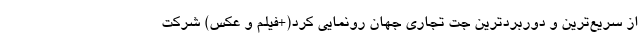
از سریع‌ترین و دوربردترین جت تجاری جهان رونمایی کرد(+فیلم و عکس) شرکت